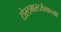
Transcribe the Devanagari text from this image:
टोस्टमास्टर्ससारखी